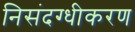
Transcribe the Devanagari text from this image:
निसंदग्धीकरण